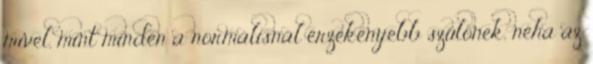
mivel, mint minden a normálisnál érzékenyebb szülõnek, néha az